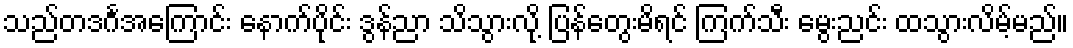
သည်တဒင်္ဂအကြောင်း နောက်ပိုင်း ဒွန်ညာ သိသွားလို့ ပြန်တွေးမိရင် ကြက်သီး မွေးညင်း ထသွားလိမ့်မည်။